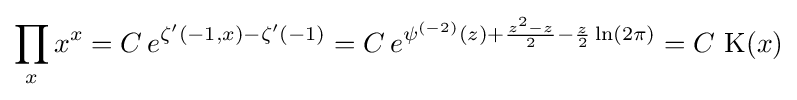
\prod _{x}x^{x}=C\,e^{\zeta ^{\prime }(-1,x)-\zeta ^{\prime }(-1)}=C\,e^{\psi ^{(-2)}(z)+{\frac {z^{2}-z}{2}}-{\frac {z}{2}}\ln(2\pi )}=C\,\operatorname {K} (x)